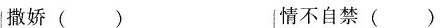
撒娇() 情不自禁()